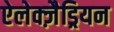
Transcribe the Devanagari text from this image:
ऐलेक्ज़ैड्रियन